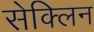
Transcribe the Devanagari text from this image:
सेक्लिन